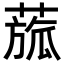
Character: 𦹭